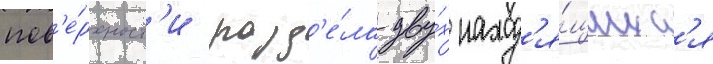
пов'е́рхност'и разд'е́ла дву́х наход'я́щихс'я